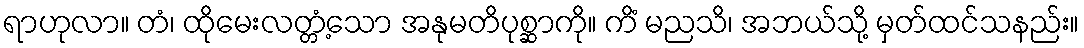
ရာဟုလာ။ တံ၊ ထိုမေးလတ္တံ့သော အနုမတိပုစ္ဆာကို။ ကိံ မညသိ၊ အဘယ်သို့ မှတ်ထင်သနည်း။